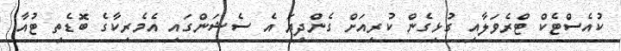
ކުއެސްޓެކް ޓްރެވަލާއި ގުޅިގެން ކުރިއަށް ގެންދިޔަ އެ ސެޝަންގައި އެމެރިކާގެ ބޮޑެތި ޓުއާ